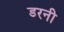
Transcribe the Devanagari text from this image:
डरनी